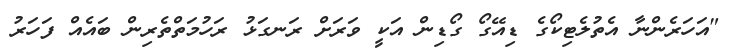
"އަހަރެންނާ އެތުލެޓިކޯގެ ޑިއޭގޯ ގޯޑިން އަކީ ވަރަށް ރަނގަޅު ރަހުމަތްތެރިން ބައެއް ފަހަރު